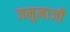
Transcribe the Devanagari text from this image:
जमुनाजी